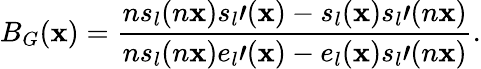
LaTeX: B_{G}(\mathbf{x})=\frac{{ns_{l}(n\mathbf{x})s_{l}\prime(\mathbf{x})-s_{l}(\mathbf{x})s_{l}\prime(n\mathbf{x})}}{{ns_{l}(n\mathbf{x})e_{l}\prime(\mathbf{x})-e_{l}(\mathbf{x})s_{l}\prime(n\mathbf{x})}}.